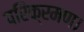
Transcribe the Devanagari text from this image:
परिक्रमण।